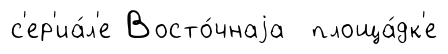
с'ер'иа́л'е Восто́чнаjа площа́дк'е